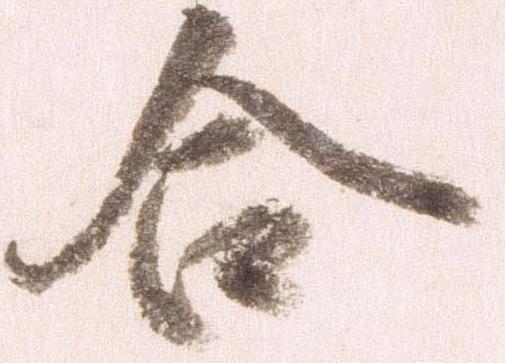
合